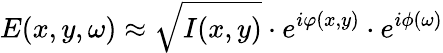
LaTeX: E(x,y,\omega)\approx\sqrt{I(x,y)}\cdot e^{i\varphi(x,y)}\cdot e^{i\phi(\omega)}